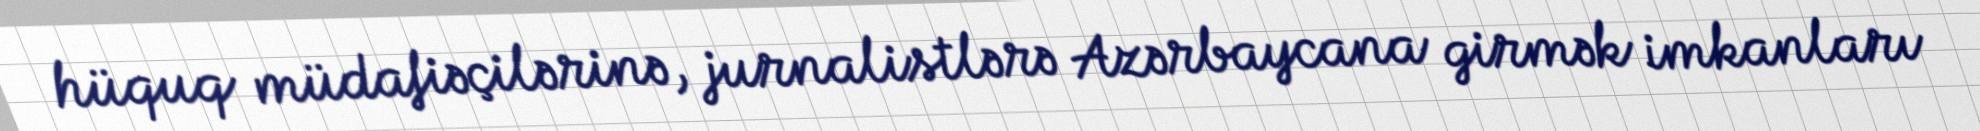
hüquq müdafiəçilərinə, jurnalistlərə Azərbaycana girmək imkanları